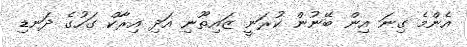
އެންމެ ގިނަ އިން ބޭނުން ކުރަނީ ޒައިތޫނި އަދި އިރާކް ގަހުގެ ދަނޑި